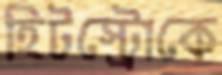
হিটস্ট্রোকে